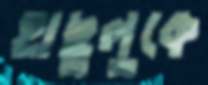
হাছুলুকে